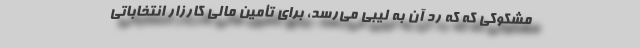
مشکوکی که که رد آن به لیبی می‌رسد، برای تأمین مالی کارزار انتخاباتی